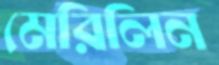
মেরিলিন